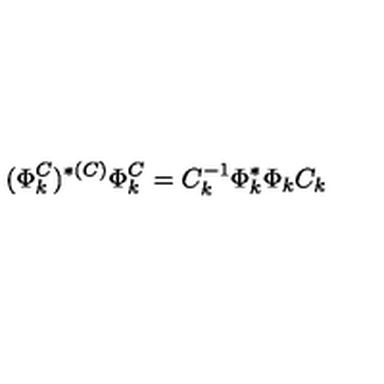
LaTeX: ( \Phi _ { k } ^ { C } ) ^ { * ( C ) } \Phi _ { k } ^ { C } = C _ { k } ^ { - 1 } \Phi _ { k } ^ { * } \Phi _ { k } C _ { k }